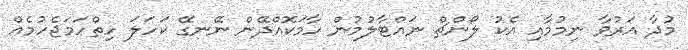
މުދާ އަރުވާ ނިމުމާއި އެކު ލޯންޗް ނައްޓާލުމުން ހާމަކޮއްދޭން ނޭނގޭ ކަހަލަ ހިތްހަމަޖެހުމެއް